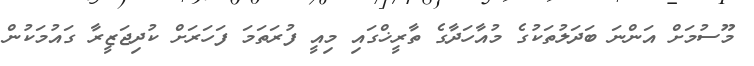
މޫސުމަށް އަންނަ ބަދަލުތަކުގެ މުއާހަދާގެ ތާރީޚްގައި މިއީ ފުރަތަމަ ފަހަރަށް ކުދިޖަޒީރާ ގައުމަކުން